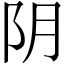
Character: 阴